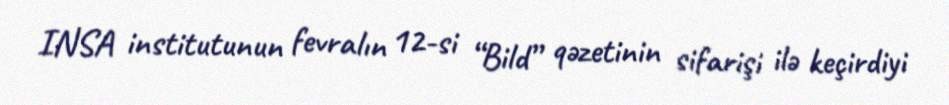
INSA institutunun fevralın 12-si “Bild” qəzetinin sifarişi ilə keçirdiyi